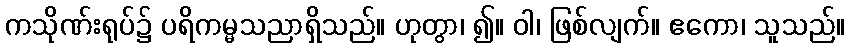
ကသိုဏ်းရုပ်၌ ပရိကမ္မသညာရှိသည်။ ဟုတွာ၊ ၍။ ဝါ၊ ဖြစ်လျက်။ ဧကော၊ သူသည်။